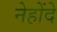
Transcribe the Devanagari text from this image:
नेहोंदे